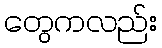
တွေကလည်း